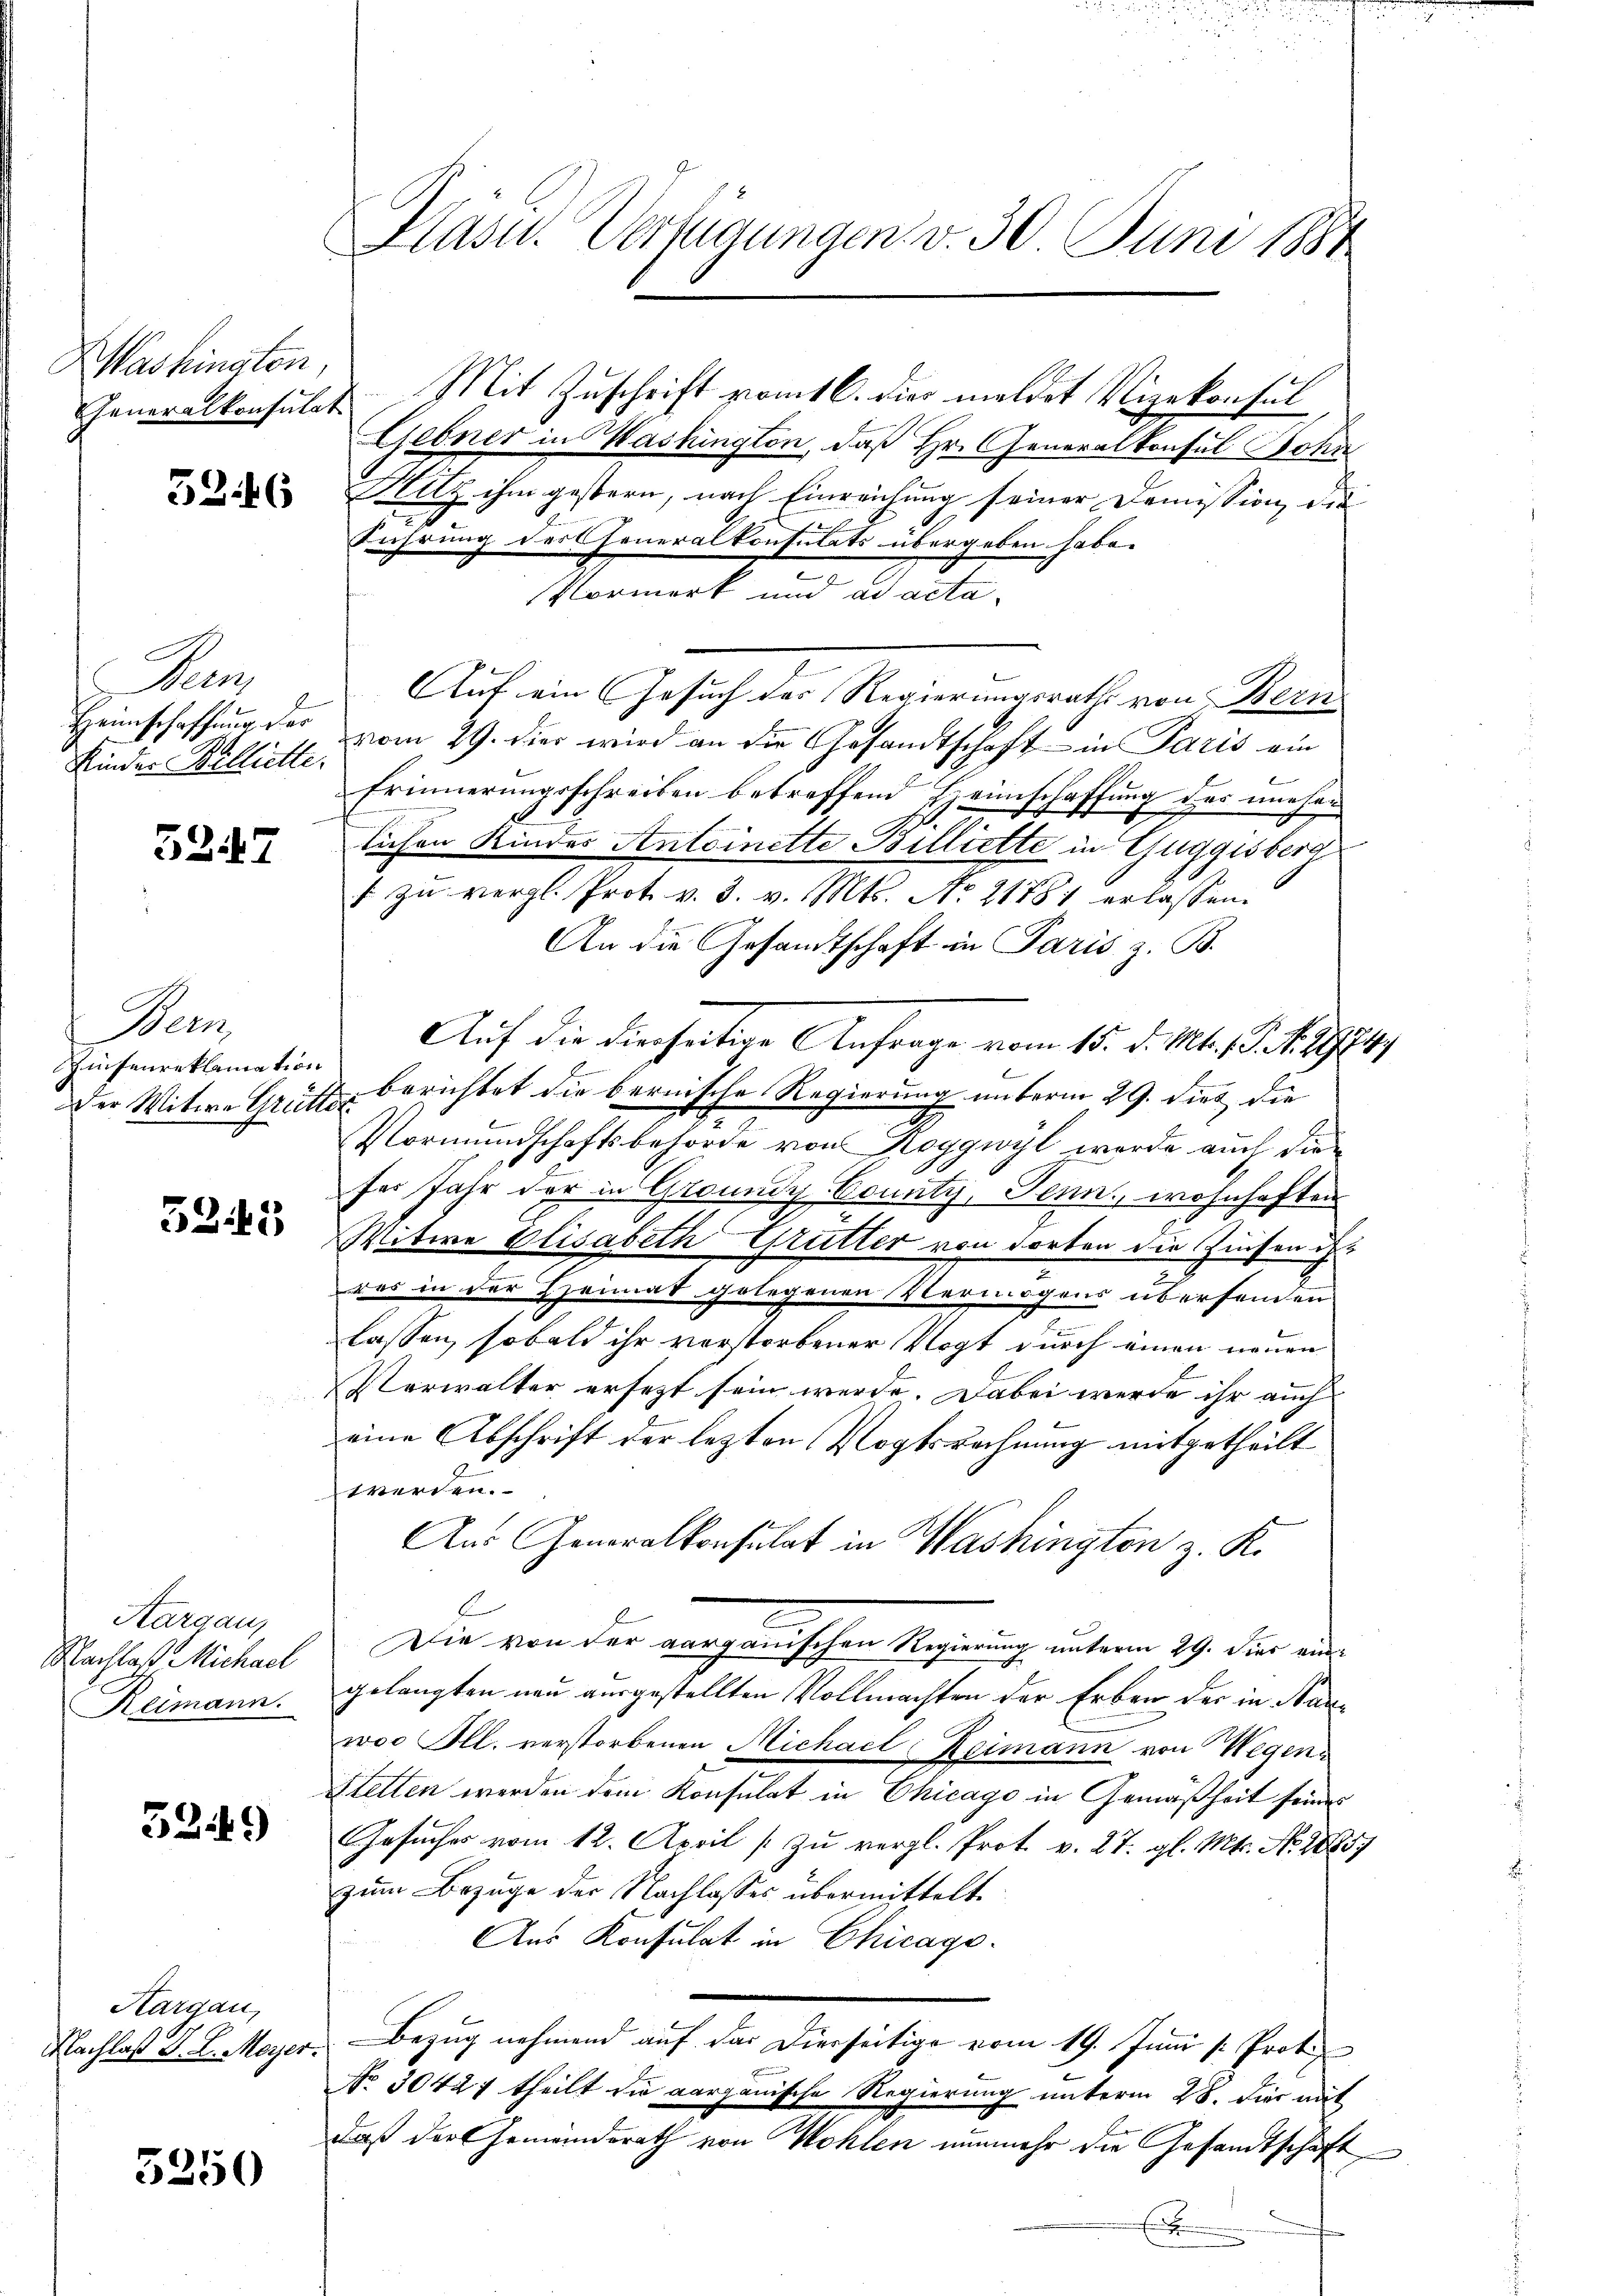
Washington,

52. 16

Men
Heimschaffung der
Kinder Billiette.

5247

Bern,
Zinfenreklamation
Der Witwe Grütte

32.45

Aargau,
Nachlaß Michael
Klimann.

32.49

Aargau,
Nachlaß Dr. L. Meyer.

5250

f

Hasu. Verfügungen v. 30 Juni 1884

Generalkonsulat. Mit Zuschrift vom 16. die meldet Vizekonsul
Liebner in Washington, daß Hr. Generalkonsul Sohn
Hitz ihm gestern, nach Einreichung seiner Domission die
Führung des Generalkonsulats übergeben habe.
Vormerk und ad acta.
Auf ein Gesuch der Regierungsrath von Bern
vom 29. dies wird an die Gesandtschaft in Paris ein
Erinnerungsschreiben betreffend Heimschaffung des uneher
6
lichen Kindes Antoinette Billiette in Guggisberg
f zu vergl. Prot. v. 3. v. Mts. No 21781 erlassen.
An die Gesandtschaft in Paris z. B.
Auf die dieseitige Anfrage vom 15. d. Mts. 1. N. 19849
2. Berichtet die bernische Regierung unterm 29. dies die
Vormundschaftsbehörde von Roggwyl werde auch die
sei Jahr der in Groundi County, Senn, wohnhaften
Witwe Elisabeth Grutter von dorten die Zinsen ist
res in der Heimat gelegenen Vermögens übersenden
lassen, sobald ihr vorstorbener Vogt durch einen neuen
Verwalter ersezt sein werde. Dabei werde ihr auch
eine Abschrift der lezten Vogtsrechnung mitgetheilt
werden.
Aus Generalkonsulat in Washington z. K.
Die von der aargauischen Regierung unterm 29. Dir aus
gelangten neu ausgestellten Vollmachten der Erben der in Mauwoo Ill. verstorbenen Michael Keimann von Wegen¬
Stetten werden dem Konsulat in Chicago in Gemäßheit seines
Gesuches vom 12. April (zu vergl. Prot. v. 27. gl. Mts. No. 1885/
zum Bezuge der Nachlasses übermittelt.
Aus Konsulat in Chicago.
Bezug nehmend auf der Dierseitige vom 19. Juni /: Prof.
No 30427 theilt die aargauische Regierung unterm 28. die mit
daß der Gemeinderath von Wohlen nunmehr die Gesandtschaft
E